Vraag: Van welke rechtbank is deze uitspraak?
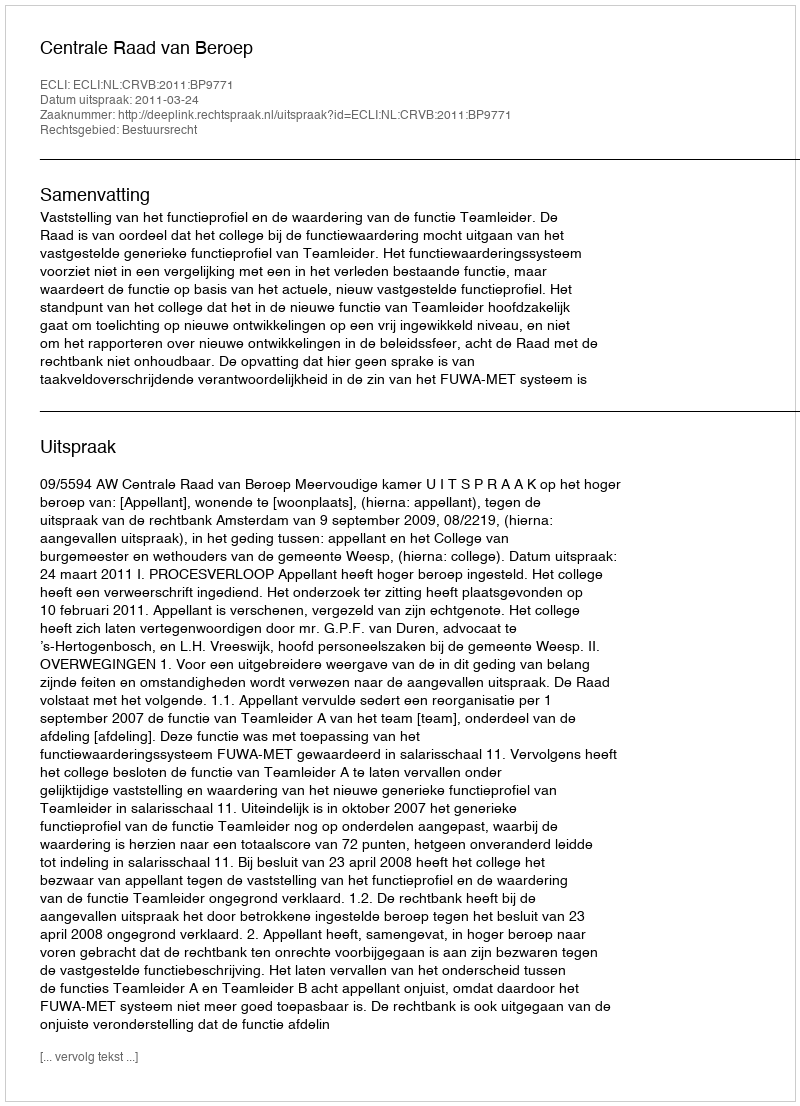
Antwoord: Centrale Raad van Beroep